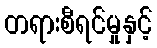
တရားစီရင်မှုနှင့်